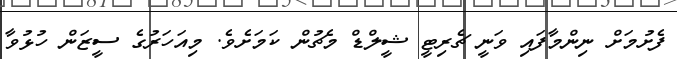
ފެށުމަށް ނިންމާފައި ވަނީ ޗެރިޓީ ޝީލްޑް މެޗުން ކަމަށެވެ. މިއަހަރުގެ ސީޒަން ހުޅުވާ